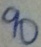
9 0